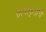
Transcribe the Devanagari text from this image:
छायाकृतींचे